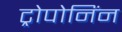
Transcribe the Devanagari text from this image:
ट्रोपोनिंन